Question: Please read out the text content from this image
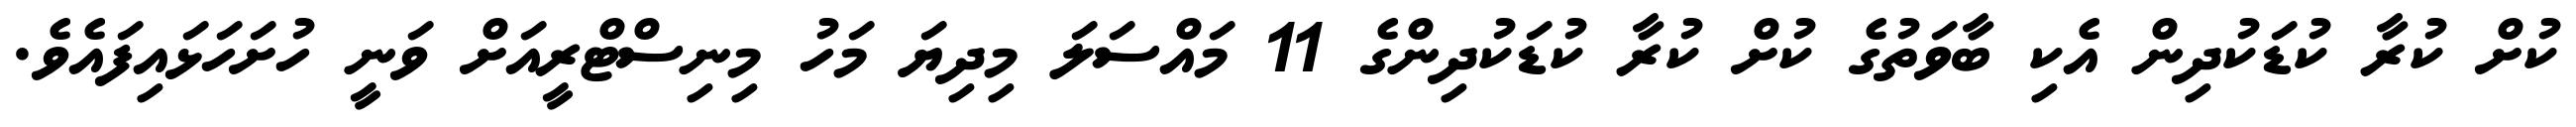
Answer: ކުށް ކުރާ ކުޑަކުދިން އެކި ބާވަތުގެ ކުށް ކުރާ ކުޑަކުދިންގެ 11 މައްސަލަ މިދިޔަ މަހު މިނިސްޓްރީއަށް ވަނީ ހުށަހަޅައިފައެވެ.